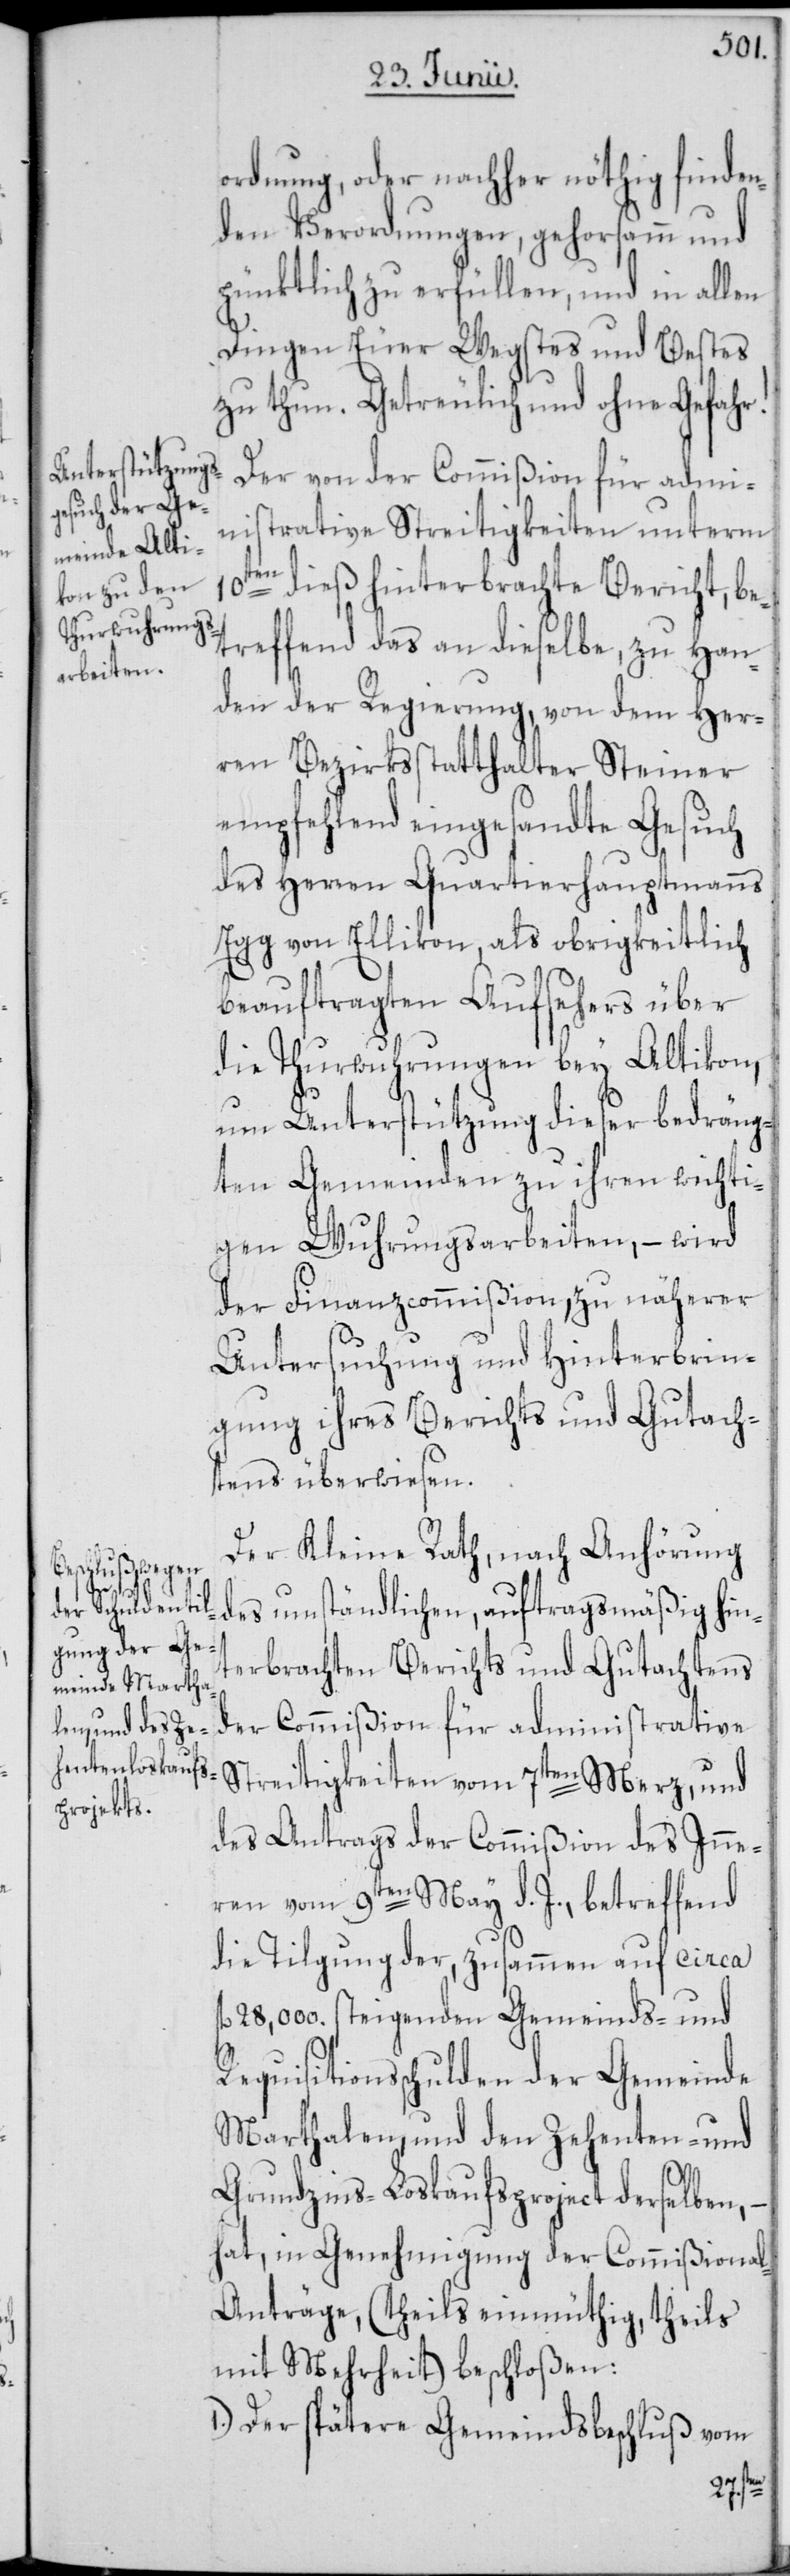
10t¬
ordnung, oder nachher nöthig finden¬
den Verordnungen, gehorsamm und
pünktlich zu erfüllen, und in allen
Dingen Euer Wegstes und Bestes
zu thun. Getreulich und ohne Gefahr!
Der von der Commißion für admi¬
nistrative Streitigkeiten unterm
en dieß hinterbrachte Bericht, be¬
treffend das an dieselbe, zu Han¬
den der Regierung, von dem Her¬
ren Bezirksstatthalter Steiner
empfehlend eingesandte Gesuch
des Herren Quartierhauptmanns
Egg von Ellikon, als obrigkeitlich
beauftragten Aufsehers über
die Thurwuhrungen bey Altikon,
um Unterstützung dieser bedräng¬
ten Gemeinden zu ihren wichti¬
gen Wuhrungsarbeiten, – wird
der Finanzcommißion, zu näherer
Untersuchung und Hinterbrin¬
gung ihres Berichts und Gutach¬
tens überwiesen.
Der Kleine Rath, nach Anhörung
des umständlichen, auftragsmäßig hin¬
terbrachten Berichts und Gutachtens
der Commißion für administrative
Streitigkeiten vom 7ten Merz, und
des Antrags der Commißion des Inne¬
ren vom 9ten May d. J., betreffend
die Tilgung der, zusammen auf circa
fl. 28,000. steigenden Gemeinds- und
Requisitionsschulden der Gemeinde
Marthalen, und den Zehenten- und
Grundzins-Loskaufsproject derselben, –
hat, in Genehmigung der Commißiona¬
l-Anträge, (theils einmüthig, theils
mit Mehrheit) beschloßen:
1.) Der spätere Gemeindsbeschluß vom